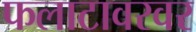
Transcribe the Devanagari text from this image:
फलाटावरवर